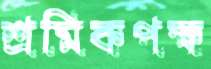
শ্রমিকপক্ষ